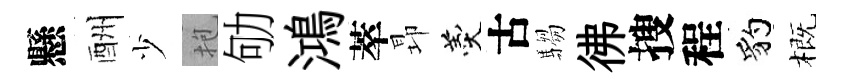
懸酬少抱劬鴻萃昻羹古騶彿搜程豹概